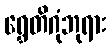
ရွှေတိဂုံဘုရား